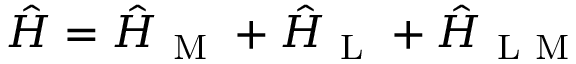
\begin{array} { r } { \hat { H } = \hat { H } _ { \mathrm { ~ M ~ } } + \hat { H } _ { \mathrm { ~ L ~ } } + \hat { H } _ { \mathrm { ~ L ~ M ~ } } } \end{array}